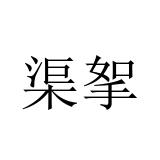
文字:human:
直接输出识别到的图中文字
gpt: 渠挐